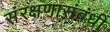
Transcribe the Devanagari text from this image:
संरक्षणासंबंधी